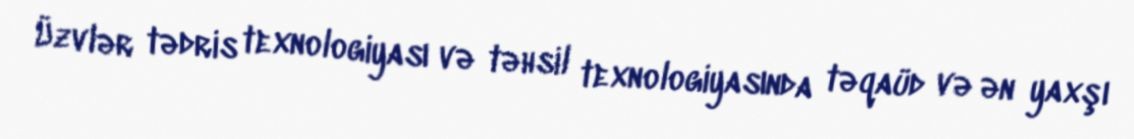
Üzvlər tədris texnologiyası və təhsil texnologiyasında təqaüd və ən yaxşı